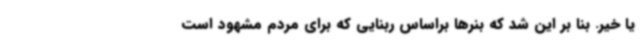
یا خیر. بنا بر این شد که بنرها براساس ربنایی که برای مردم مشهود است